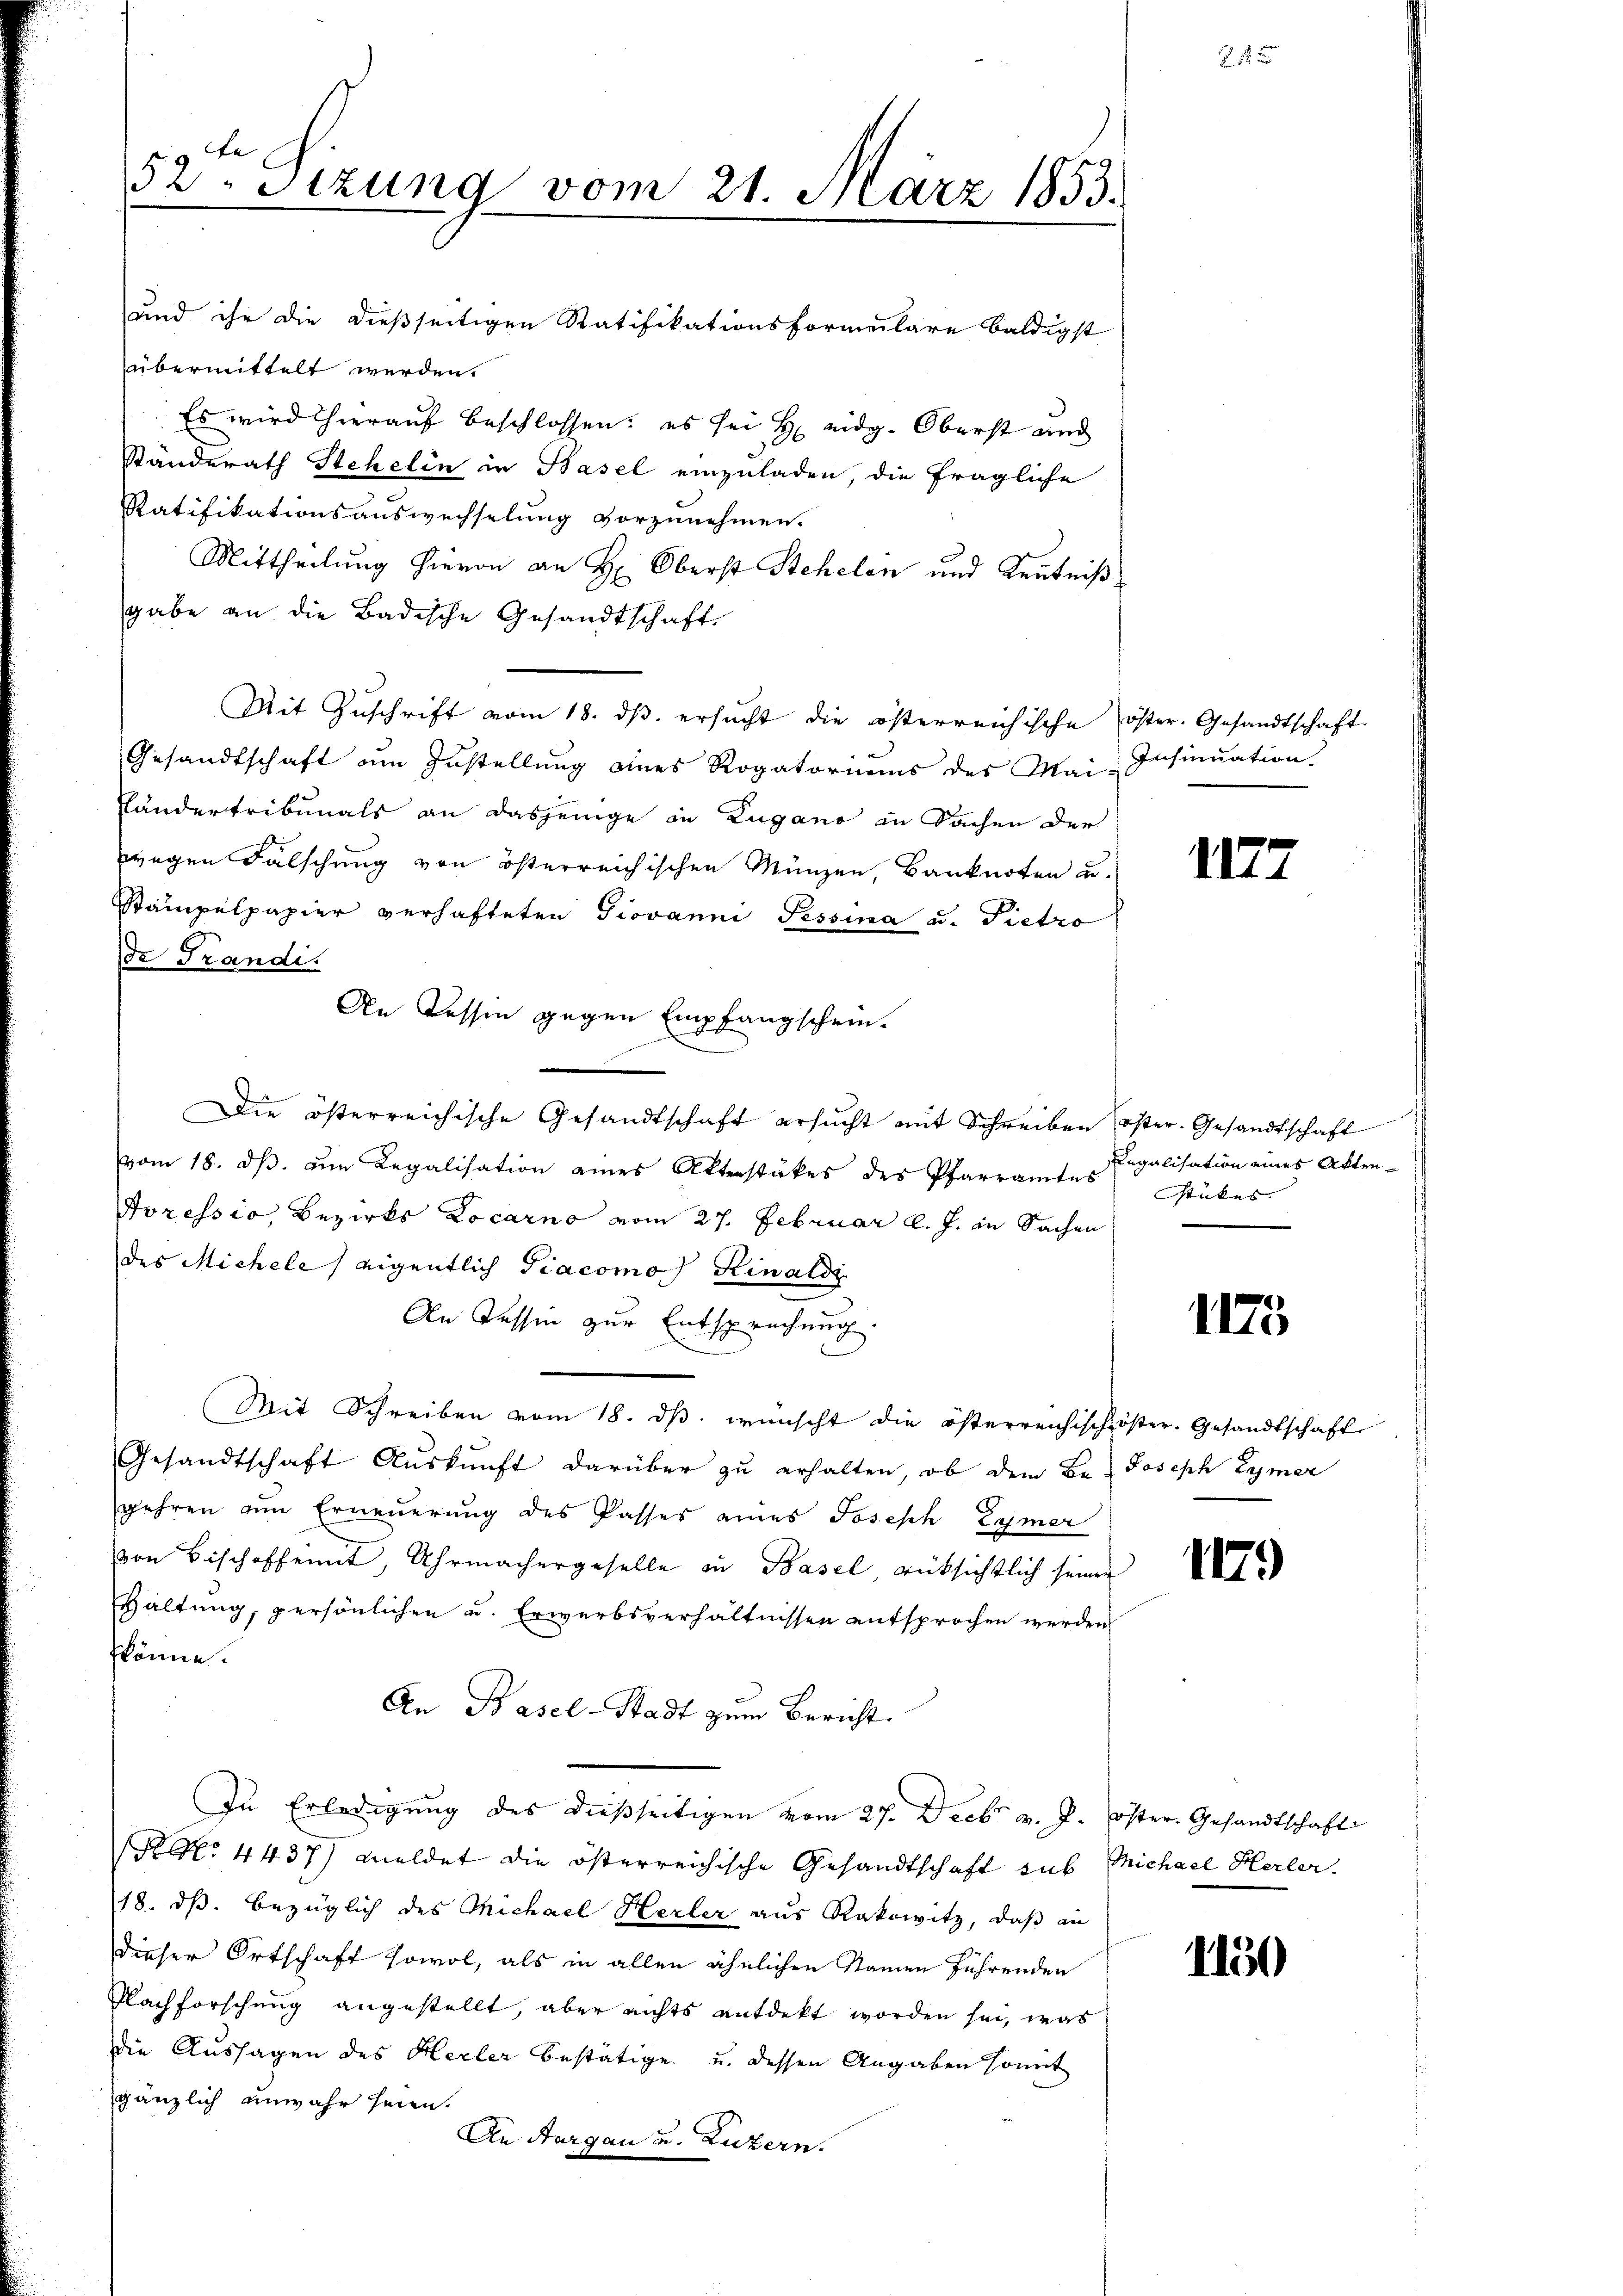
52. Sitzung vom 21. März 1853.
und ihr die dießseitigen Ratifikationsformulare baldigst

übermittelt werden.
Es wird hierauf beschlossen; es sei H. eidg. Oberst und
ständerath Stehelin in Basel einzuladen, die fragliche
Ratifikationsauswechselung vorzunehmen.
Mittheilung hievon an H. Oberst Stehelen und Kenntniß
gabe an die Badische Gesandtschaft
Mit Zŭschrift vom 18. dβ. ersŭcht die österreichische öster. Gesandtschaft
Gesandtschaft um Zustellung eines Rogatornems des Mai-Insinuation
Ländertribunals an dasjenige in Zugano in Sachen der
wegen Fälschung von österreichischen Münzen, Banknoten u.
Stämpelpapier verhafteten Giovanni Pessina u. Pietro
de Frandi
An Tessin gegen Empfangschein.
Die österreichische Gesandtschaft ersucht mit Schreiben öster. Gesandtschaft
vom 18. dβ. am Legalisation eines Aktenstükes des Pfarramte Legalisation eines Akten-
Doressio, Bezirks Locarno vom 27. Februar l. J. in Sachen
des Michele / eigentlich Giacomo Rinaldi
An Tessin zur Entsprechung.
Mit Schreiben vom 18. dβ. wünscht die österreichisch-öster- Gesandtschaft
Gesandtschaft Aŭskŭnft darüber zŭ erhalten, ob dem Be- Joseph Lymer
gehren um Erneuerung des Passes eines Joseph Eymer
von Bischoffennt, Uhrmachergeselle in Basel, rücksichtlich seiner
Haltung, persönlichen u. Erwerbsverhältnissen entsprochen werden
könne.
An Basel-Stadt zum Bericht.
In Erledigung des dießseitigen vom 27. Decbr v. 2. Oster. Gesandtschaft
R N. 4437) meldet die österreichische Gesandtschaft sub Michael Herler.
18. ds. bezüglich des Michael Herler aus Rakowitz, daß in
dieser Ortschaft sowol, als in allen ähnlichen Namen führenden
Flachforschung angestellt, aber nichts entdekt worden sei, was
die Aussagen des Herler bestätige u. dessen Angaben sonnt
gänzlich unwahr seien.
An Aargau u. Luzern.

1177

stükes. |

1175

1179

11